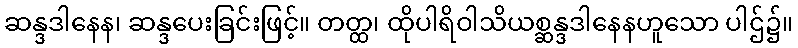
ဆန္ဒဒါနေန၊ ဆန္ဒပေးခြင်းဖြင့်။ တတ္ထ၊ ထိုပါရိဝါသိယစ္ဆန္ဒဒါနေနဟူသော ပါဌ်၌။